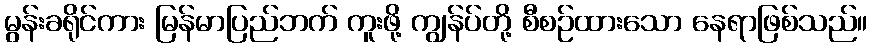
မွန်းခရိုင်ကား မြန်မာပြည်ဘက် ကူးဖို့ ကျွန်ပ်တို့ စီစဉ်ထားသော နေရာဖြစ်သည်။